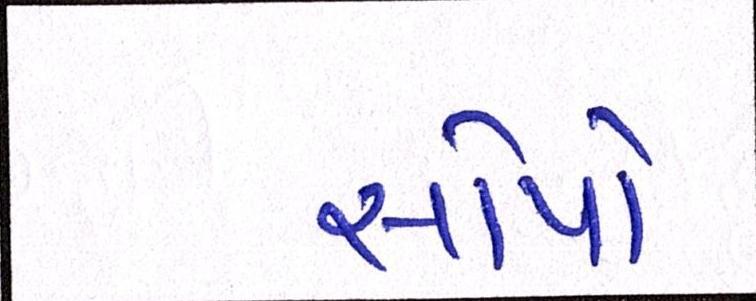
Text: સોપો